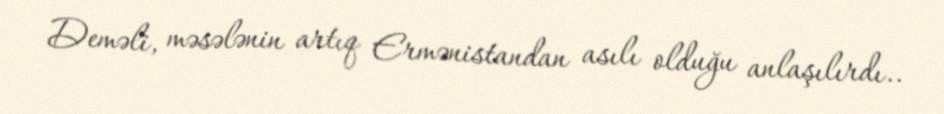
Deməli, məsələnin artıq Ermənistandan asılı olduğu anlaşılırdı..